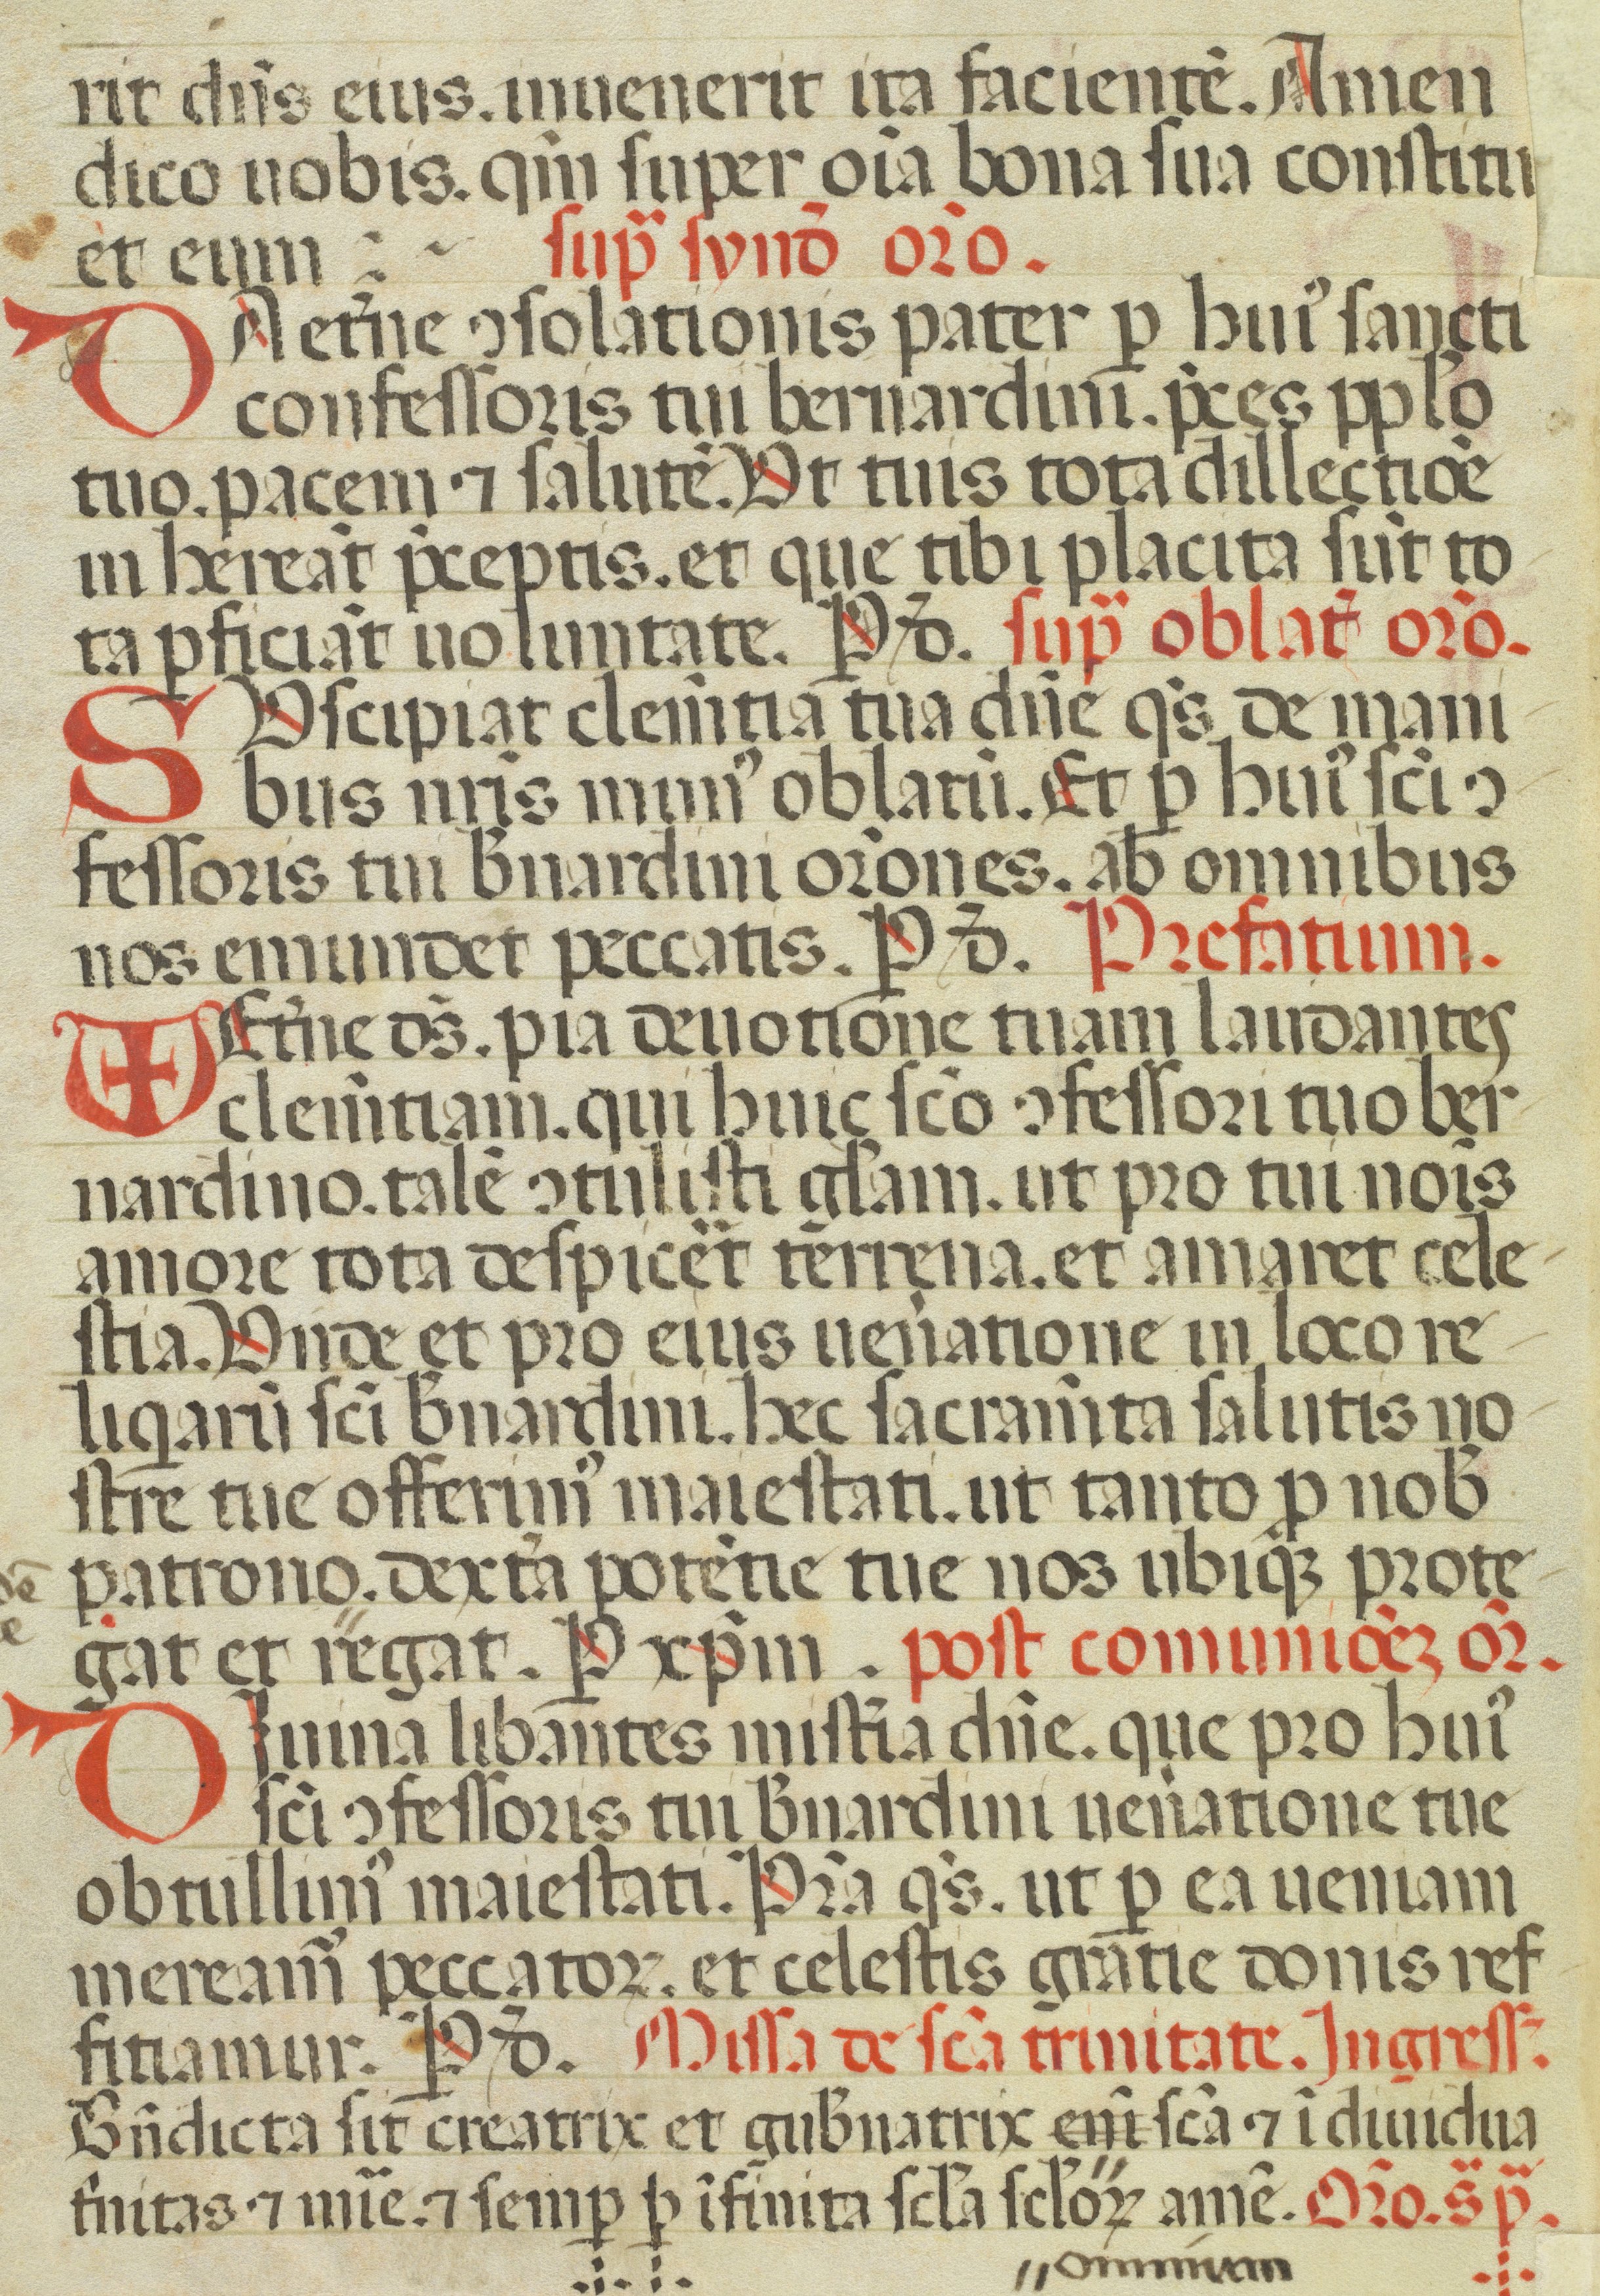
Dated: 1450–1499